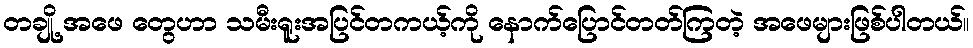
တချို့ အဖေ တွေဟာ သမီးရူးအပြင်တကယ့်ကို နောက်ပြောင်တတ်ကြတဲ့ အဖေများဖြစ်ပါတယ်။